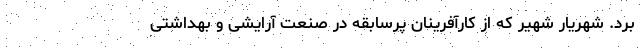
برد. شهریار شهیر که از کارآفرینان پرسابقه در صنعت آرایشی و بهداشتی